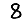
Digit: 8